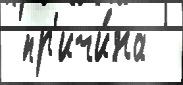
 пр'ичи́на